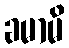
ခမာမိ